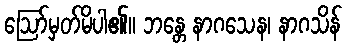
ဩော်မှတ်မိပါ၏။ ဘန္တေ နာဂသေန၊ နာဂသိန်